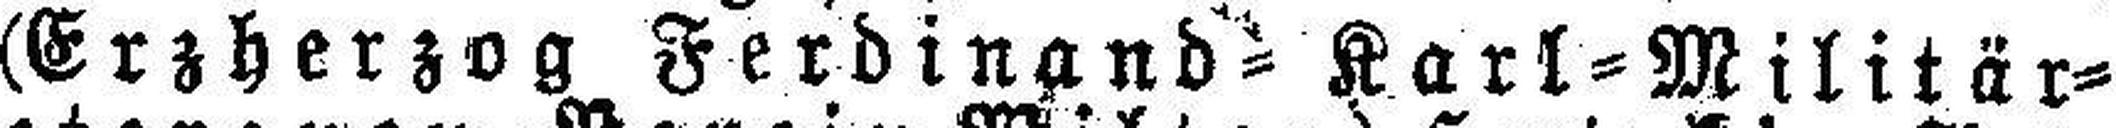
(Erzherzog Ferdinand=Karl=Militär=